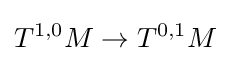
T^{1,0}M\to T^{0,1}M